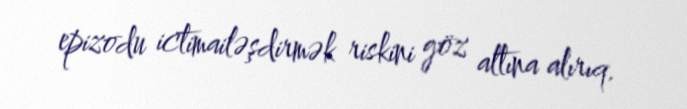
epizodu ictimailəşdirmək riskini göz altına alırıq.